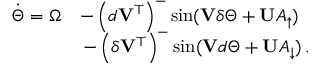
\begin{array} { r l } { \Dot { \Theta } = \Omega } & { - \left( \boldsymbol { d } \mathbf { V } ^ { \top } \right) ^ { - } \sin ( \mathbf { V } \boldsymbol { \delta } \Theta + \mathbf { U } A _ { \uparrow } ) } \\ & { \, - \left( \boldsymbol { \delta } \mathbf { V } ^ { \top } \right) ^ { - } \sin ( \mathbf { V } \boldsymbol { d } \Theta + \mathbf { U } A _ { \downarrow } ) \, . } \end{array}